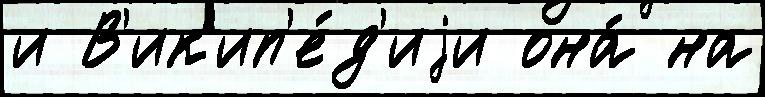
и В'ик'ип'е́д'иjи она́ на